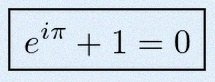
e^{i\pi}+1=0